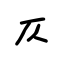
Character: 仄